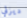
ديزني